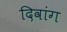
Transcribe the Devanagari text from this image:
दिवांग